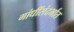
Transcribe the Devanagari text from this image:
गांधींसंदर्भात